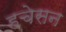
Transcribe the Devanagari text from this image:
हचेसन